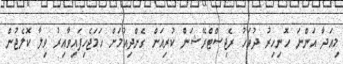
މިއަދާ އަންނަ ހޮނިހިރު ދުވަހު ރެޖިސްޓްރޭޝަން ކުރިއަށް ގެންދިއުމަށް ހަމަޖެހިފައިވާއިރު ވިލާ ކޮލެޖުން